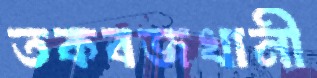
তকবজখানী